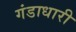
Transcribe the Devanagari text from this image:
गंडाधारी